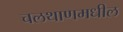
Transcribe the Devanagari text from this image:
चलथाणमधील